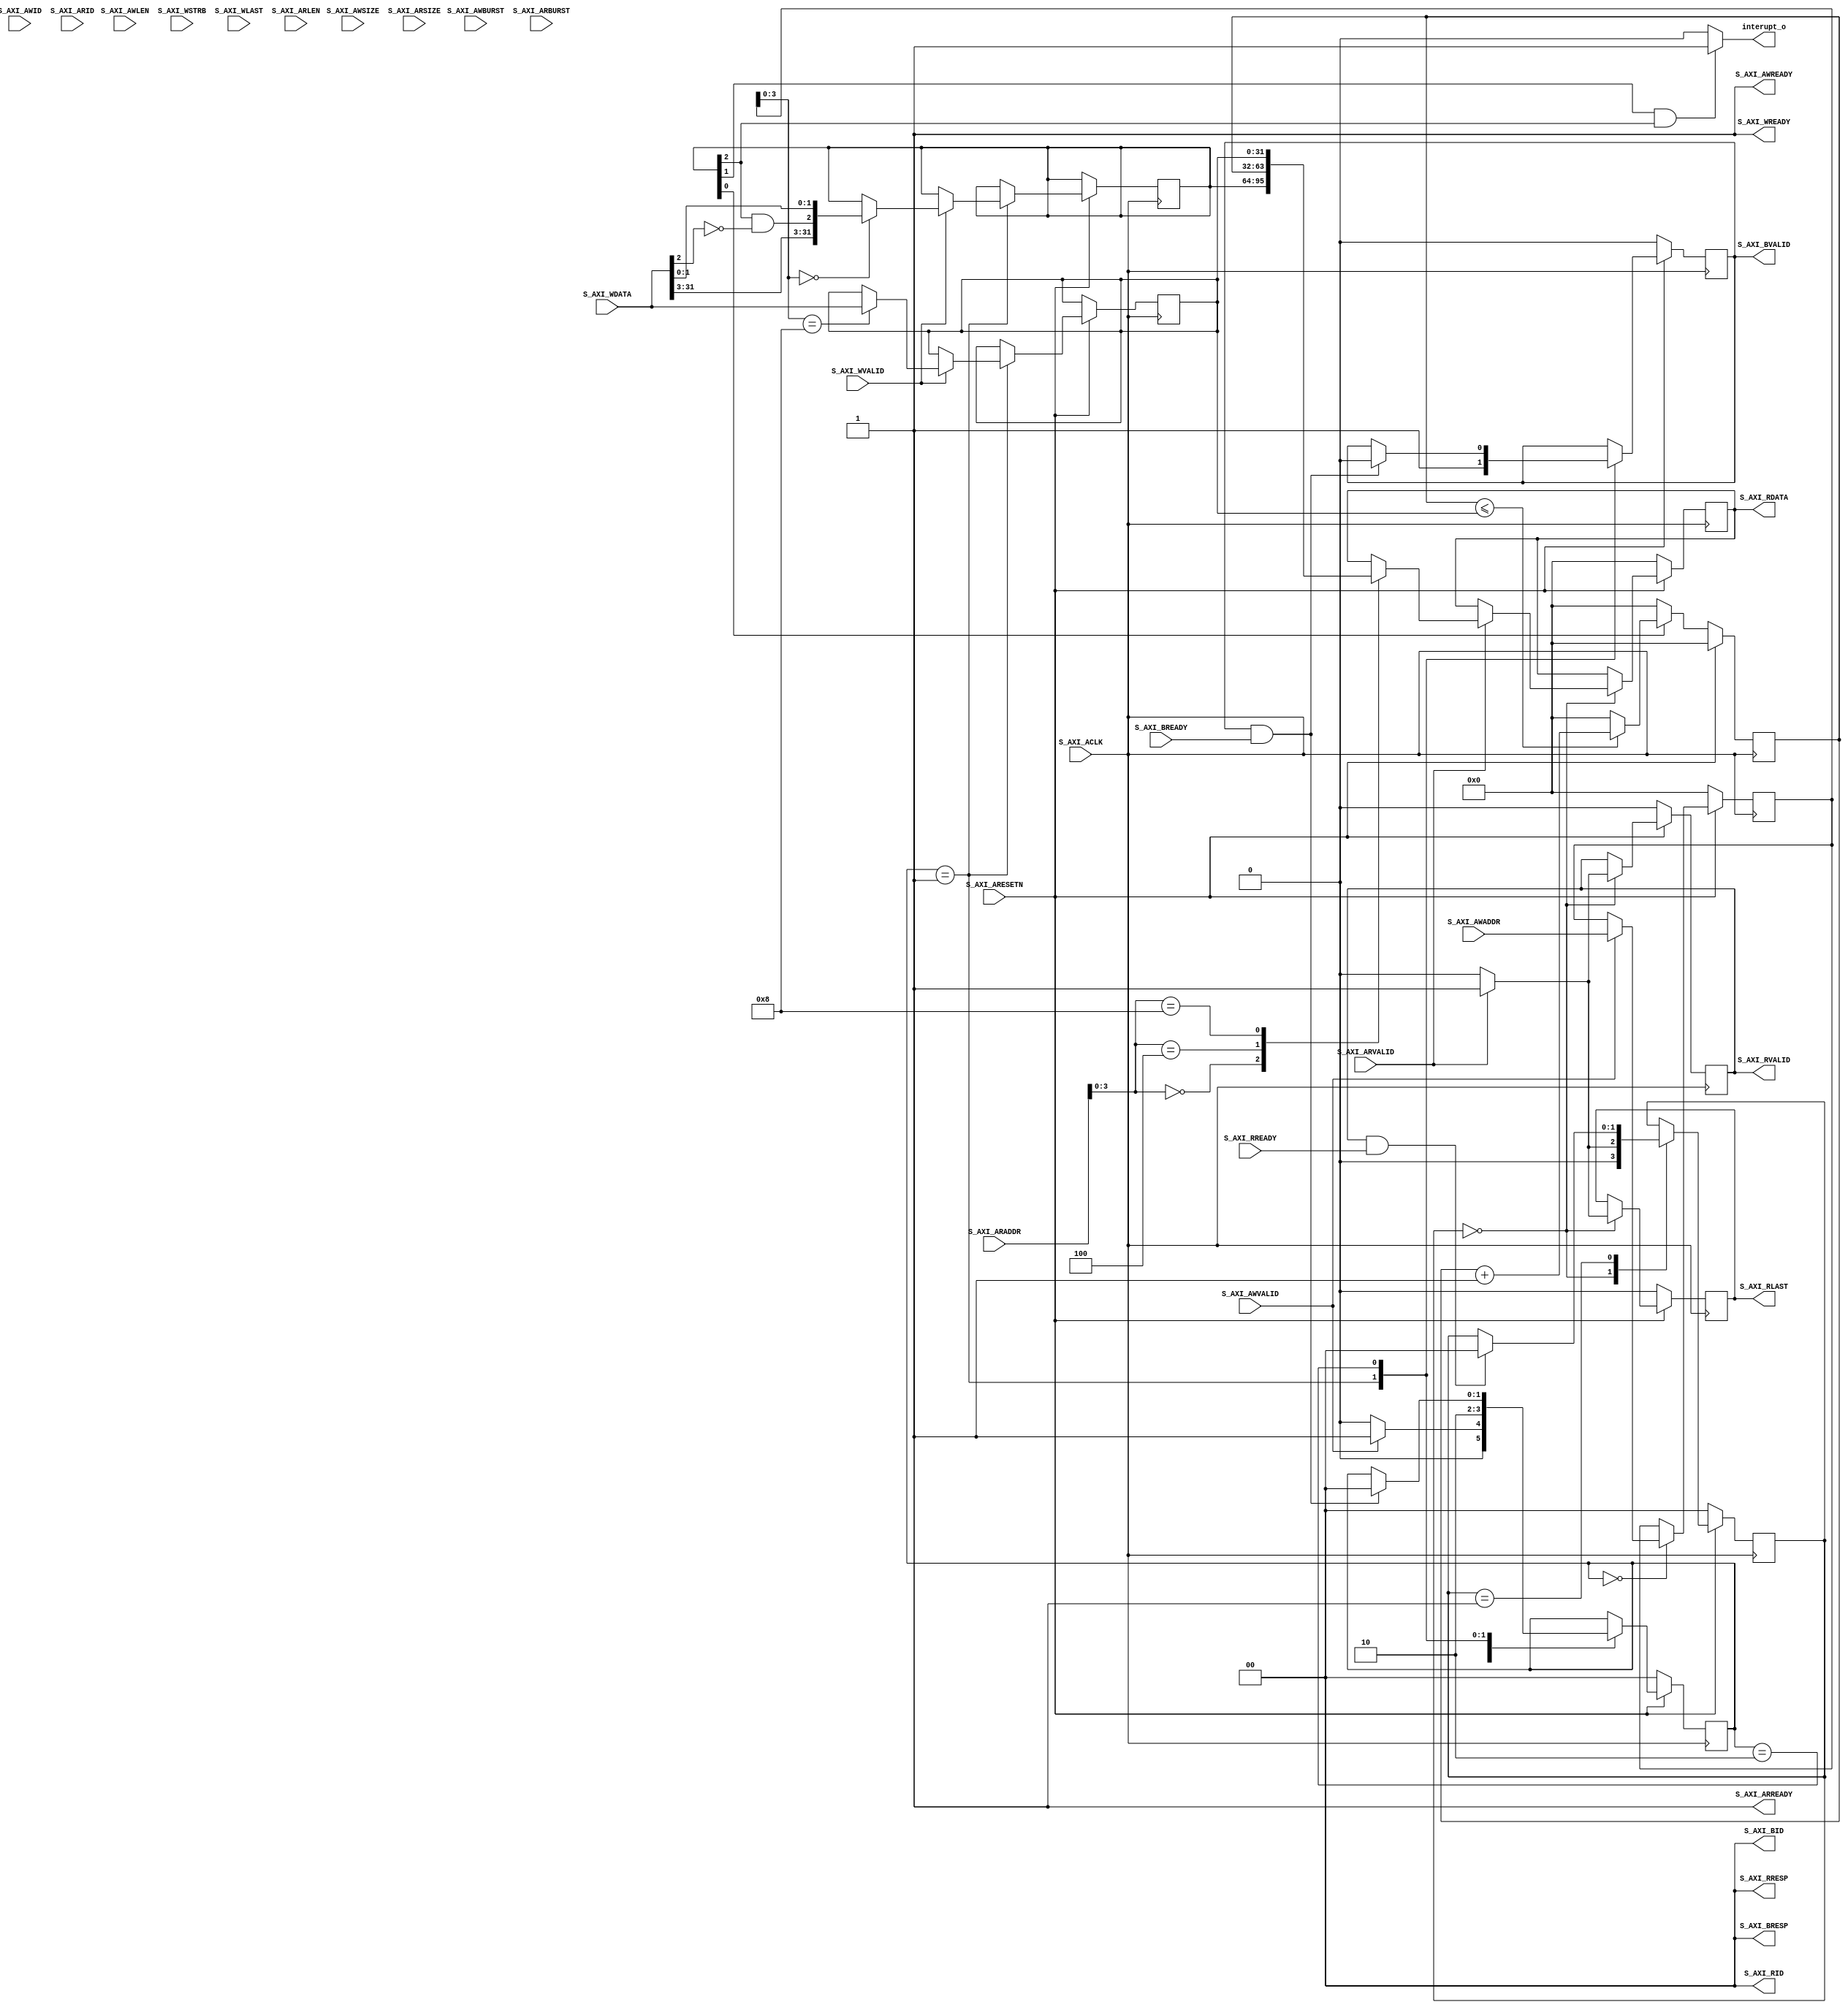
module timer#
	(
		parameter                                   WIDTH_ID	    = 2,
		parameter                                   WIDTH_DA	    = 32,
		parameter                                   WIDTH_AD	    = 32
	)
	(
		input wire                                  S_AXI_ACLK      ,
		input wire                                  S_AXI_ARESETN   ,

        /*Write Address Channel*/
		input wire [WIDTH_ID-1 : 0]                 S_AXI_AWID      ,
		input wire [WIDTH_AD-1 : 0]                 S_AXI_AWADDR    ,
		input wire [3 : 0]                          S_AXI_AWLEN     ,
		input wire [2 : 0]                          S_AXI_AWSIZE    ,
		input wire [1 : 0]                          S_AXI_AWBURST   ,
		input wire                                  S_AXI_AWVALID   ,
		output wire                                 S_AXI_AWREADY   ,

        /*Write Data Channel*/
		input wire [WIDTH_DA-1 : 0]                 S_AXI_WDATA     ,
		input wire [(WIDTH_DA/8)-1 : 0]             S_AXI_WSTRB     ,
		input wire                                  S_AXI_WLAST     ,
		input wire                                  S_AXI_WVALID    ,
		output wire                                 S_AXI_WREADY    ,

        /*Write Response (B) Channel*/
		output wire [WIDTH_ID-1 : 0]                S_AXI_BID       ,
		output wire [1 : 0]                         S_AXI_BRESP     ,
		output wire                                 S_AXI_BVALID    ,
		input wire                                  S_AXI_BREADY    ,

        /*Read Address Channel*/
		input wire [WIDTH_ID-1 : 0]                 S_AXI_ARID      ,
		input wire [WIDTH_AD-1 : 0]                 S_AXI_ARADDR    ,
		input wire [3 : 0]                          S_AXI_ARLEN     ,
		input wire [2 : 0]                          S_AXI_ARSIZE    ,
		input wire [1 : 0]                          S_AXI_ARBURST   ,
		input wire                                  S_AXI_ARVALID   ,
		output wire                                 S_AXI_ARREADY   ,

        /*Read Data Channel*/
		output wire [WIDTH_ID-1 : 0]                S_AXI_RID       ,
		output wire [WIDTH_DA-1 : 0]                S_AXI_RDATA     ,
		output wire [1 : 0]                         S_AXI_RRESP     ,
		output wire                                 S_AXI_RLAST     ,
		output wire                                 S_AXI_RVALID    ,
		input wire                                  S_AXI_RREADY    ,



        output  wire                                interupt_o
);



    localparam REG_STATE = 4'd0;
    localparam REG_COUNT = 4'd4;
    localparam REG_VALUE = 4'd8;   //



    //control regs


    //[0]:count enable
    //[1]:interupt enable
    //[2]:trigger  
    reg[31:0] timer_state;                 //0x00

    reg[31:0] timer_count;                 //0x04     ro

    reg[31:0] timer_value;                 //0x08


    assign interupt_o = (timer_state[1] && timer_state[2]) ? 1'd1 : 1'd0;





/**********************FSM************************/
//
    reg [1:0]                           W_state;

    localparam  W_Idle  = 0;
    localparam  W_Trans = 1;
    localparam  W_Wait  = 2;
    
    
    reg [1:0]                           R_state;
    
    localparam  R_Idle  = 0;
    localparam  R_Receive   = 1;
    
    /**********************reg_def*************************/
    reg [WIDTH_AD-1 : 0]            r_s_axi_awaddr                          ;
    reg [7 : 0]                     r_s_axi_awlen                           ;
    
    reg [WIDTH_AD-1 : 0]            r_s_axi_araddr                          ;
    reg [7 : 0]                     r_s_axi_arlen                           ;
    
    reg                             r_s_axi_rvalid                          ;
    reg  [31:0]                     r_s_axi_rdata                           ;
    reg                             r_s_axi_rlast                           ;
    
    reg                             r_s_axi_bvalid                          ;
    
    /*********************************************/
    assign              S_AXI_AWREADY   = 1'b1                              ;
    
    assign              S_AXI_WREADY    = 1'b1                              ;
    
    
    assign              S_AXI_BID       = 'd0                               ;
    assign              S_AXI_BRESP     = 'd0                               ;
    assign              S_AXI_BVALID    = r_s_axi_bvalid                    ;
    
    assign              S_AXI_ARREADY   = 1'b1                              ;
    
    assign              S_AXI_RID       = 'd0                               ;
    assign              S_AXI_RDATA     = r_s_axi_rdata                     ;
    assign              S_AXI_RRESP     = 'd0                               ;
    assign              S_AXI_RLAST     = r_s_axi_rlast                     ; 
    assign              S_AXI_RVALID    = r_s_axi_rvalid                    ;





    //timer_counter
    always@(posedge S_AXI_ACLK)begin
        if(S_AXI_ARESETN)begin
            timer_count <= 32'd0;
        end
        else begin
            if(timer_state[0])begin


                if(timer_count <= timer_value)
                    timer_count <= timer_count + 32'd1;
                else 
                    timer_count <= 32'd0;
                    
            
            end
            else begin
                timer_count <= 32'd0;

            end
        end
    end

    





    /*Write Transaction*/
always @(posedge S_AXI_ACLK) begin
    if(S_AXI_ARESETN == 1'b0) begin
      W_state <= W_Idle;
  
      r_s_axi_awaddr <= 32'd0;
      r_s_axi_awlen <= 'd0;
      r_s_axi_bvalid <= 1'b0;
    end

    else begin
      case(W_state)
        W_Idle:begin
  
          if(S_AXI_AWVALID == 1'b1 && S_AXI_AWREADY== 1'b1) begin
  
            r_s_axi_awaddr <= S_AXI_AWADDR;
            r_s_axi_awlen <= S_AXI_AWLEN;

            W_state <= W_Trans;
  
          end else
            W_state <= W_Idle;
        end
  
        W_Trans:begin

            if(S_AXI_WVALID &&S_AXI_WREADY)

            case(r_s_axi_awaddr[3:0])
                REG_STATE:begin
                    timer_state <= {S_AXI_WDATA[31:3],(timer_state[2] & (~S_AXI_WDATA[2])),S_AXI_WDATA[1:0]};
                end
                REG_VALUE:begin
                    timer_value <= S_AXI_WDATA;
                end

                default:;
            endcase

            
                r_s_axi_bvalid <= 1'b1;
                W_state <= W_Wait;  
        end
  
        W_Wait:begin
          if(S_AXI_BVALID == 1'b1 && S_AXI_BREADY == 1'b1)begin
  
            W_state <= W_Idle;
            r_s_axi_bvalid <= 1'b0;

          end
        
        end
      
        default:;
      endcase
    
    end
  
  end
  
  
  
  
  /*Read Transaction*/
  always@(posedge S_AXI_ACLK)begin
    if(S_AXI_ARESETN == 1'b0) begin
        R_state <= R_Idle;
  
        r_s_axi_araddr <= 32'd0;
        r_s_axi_arlen <= 'd0;
        
        r_s_axi_rvalid <= 'd0;
        r_s_axi_rdata <= 'd0;
        r_s_axi_rlast <= 'd0;
    end
  
    else begin
    
      case(R_state)
        R_Idle:begin

          r_s_axi_rvalid <= 1'b0;
          r_s_axi_rlast <= 1'b0;

          if(S_AXI_ARVALID == 1'b1 && S_AXI_ARVALID == 1'b1) begin
            r_s_axi_araddr <= S_AXI_ARADDR;
            r_s_axi_arlen <= S_AXI_ARLEN;


            R_state <= R_Receive;

            r_s_axi_rvalid <= 1'b1;
            r_s_axi_rlast <= 1'b1;

            case(S_AXI_ARADDR[3:0])
                REG_STATE:begin
                    r_s_axi_rdata <= timer_state;
                end
                REG_COUNT:begin
                    r_s_axi_rdata <= timer_count;
                end
                REG_VALUE:begin
                    r_s_axi_rdata <= timer_value;
                end

                default:;
            endcase


          end
          else 
            R_state <= R_Idle;
        end
  
  
        R_Receive:begin
          
            if(S_AXI_RVALID == 1'b1 && S_AXI_RREADY == 1'b1) 
                R_state <= R_Idle;
          
        end
              
      
        default:;
      endcase
    
    
    end
  
  end











endmodule